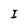
Character: I